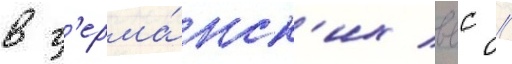
в г'ерма́нск'их ввс //